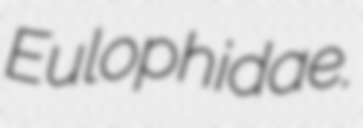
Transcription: Eulophidae.